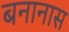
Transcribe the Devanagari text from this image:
बनानास